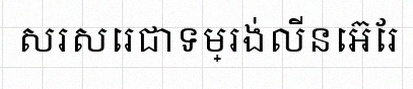
សរសេរជាទម្រង់លីនេអ៊ែរ